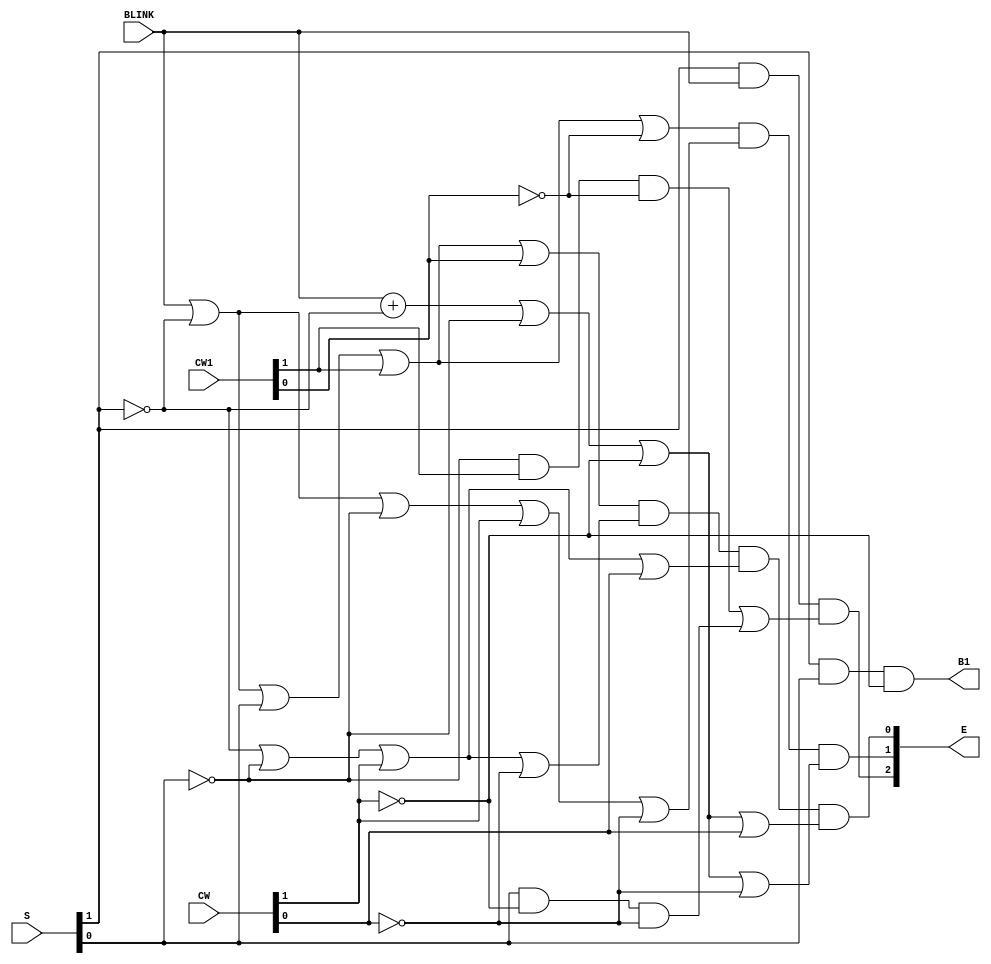
module blinker(output reg B1, output reg [2:0] E, input [1:0] CW, CW1, S, input BLINK);
	always @* begin
		B1 <= (S[1] & S[0]) & ~CW[1];
		E[2] <= (S[1] & BLINK) & ((~S[0]) & CW1[1] & (~CW1[0]) | (S[0] & (~CW[1]) & (~CW[0])));
		E[1] <= (BLINK | (~S[1]) | S[0] | CW1[1] | (~CW1[0])) & (BLINK | (~S[1]) | (~S[0]) | CW[1] | (~CW[0])) & (BLINK + (~S[1]) | (~S[0]) | (~CW[1]) | (~CW[0]));
		E[0] <= (BLINK | (~S[1]) | S[0] | CW1[1] | (CW1[0])) & ((~S[1]) | (~S[0]) | CW[1] | (~CW[0])) &  ((~S[1]) | (~S[0]) | CW[1] | CW[0]) & (BLINK + (~S[1]) | (~S[0]) | (~CW[1]) | CW[0]);
	end
endmodule